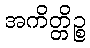
အကိတ္တိဉ္စ